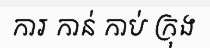
ការ កាន់ កាប់ ក្រុង